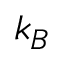
k _ { B }